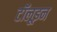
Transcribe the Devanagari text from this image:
टॉलूइन